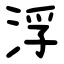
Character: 浮